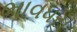
ભાવધરી